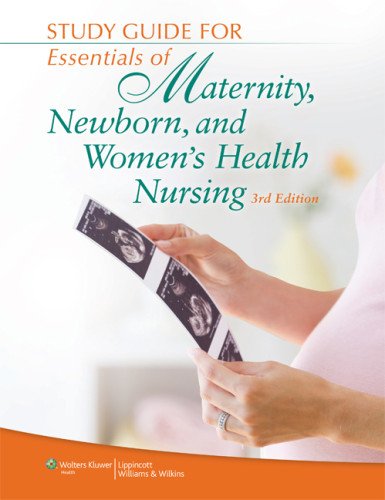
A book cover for Study Guide for Essentials of Maternity, Newborn, and Women's Health Nursing; Susan Scott Ricci ARNP  MSN  M.Ed.; Medical Books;